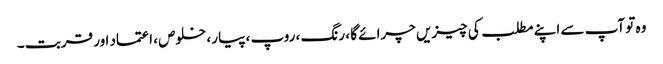
وہ تو آپ سے اپنے مطلب کی چیزیں چرائے گا ، رنگ ، روپ ، پیار ، خلوص ، اعتماد اور قربت ۔